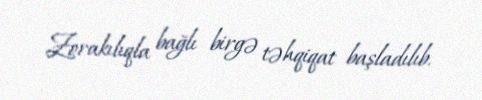
Zorakılıqla bağlı birgə təhqiqat başladılıb.